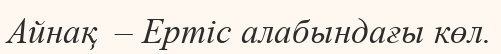
Айнақ  – Ертіс алабындағы көл.